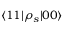
\langle 1 1 | \rho _ { s } | 0 0 \rangle